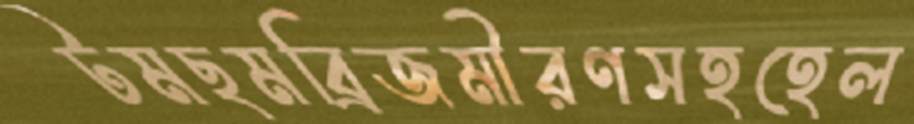
টমছমব্রিজমীরণসহহেল